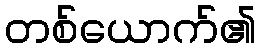
တစ်ယောက်၏